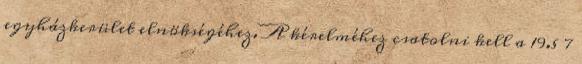
egyházkerület elnökségéhez. A kérelméhez csatolni kell a 19.§ 7